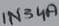
Text: 1N34A